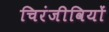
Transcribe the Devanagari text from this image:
चिरंजीवियों